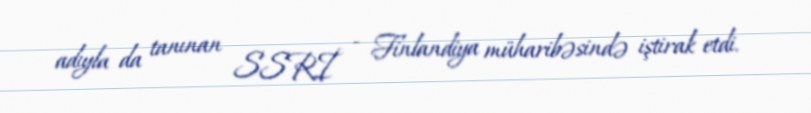
adıyla da tanınan SSRİ - Finlandiya müharibəsində iştirak etdi.